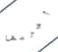
أجربها